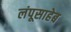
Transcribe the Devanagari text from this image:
लंपूसाहेब